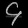
Digit: ၄